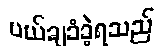
ပယ်ချခံခဲ့ရသည်